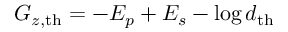
G _ { z , \mathrm { t h } } = - E _ { p } + E _ { s } - \log d _ { \mathrm { t h } }